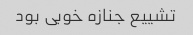
تشییع جنازه خوبی بود